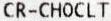
CR-CHOCLT